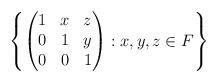
LaTeX: \begin{align*}\left\{\begin{pmatrix}1 & x & z \\0 & 1 & y \\0 & 0 & 1\end{pmatrix} :x, y, z \in F\right\}\end{align*}